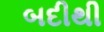
બદીથી